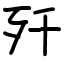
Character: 歼